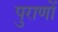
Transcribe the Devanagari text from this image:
पुराणाें